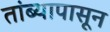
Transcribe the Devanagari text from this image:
तांब्यापासून